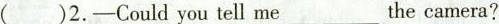
( )2. —Could you tell me____ the camera?